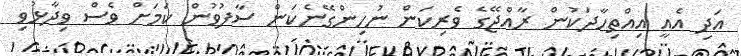
އަދި އެއީ އިއްތިހާދަކުން ރާއްޖޭގެ ވެރިކަން ނުހިންގޭނެކަން ސާފުވުން ކަމަށް ވެސް ވިދާޅުވި